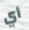
أي